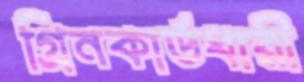
গ্রিনকার্ডধারী